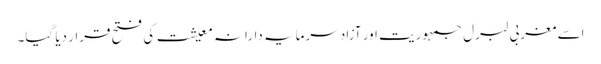
اسے مغربی لبرل جمہوریت اور آزاد سرمایہ دارانہ معیشت کی فتح قرار دیا گیا۔